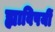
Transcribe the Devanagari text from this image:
ह्याविषयीं